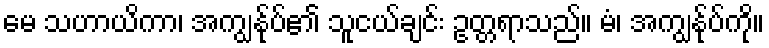
မေ သဟာယိကာ၊ အကျွန်ုပ်၏ သူငယ်ချင်း ဥတ္တရာသည်။ မံ၊ အကျွန်ုပ်ကို။